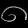
Digit: ၈